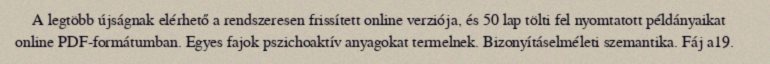
A legtöbb újságnak elérhető a rendszeresen frissített online verziója, és 50 lap tölti fel nyomtatott példányaikat online PDF-formátumban. Egyes fajok pszichoaktív anyagokat termelnek. Bizonyításelméleti szemantika. Fáj a19.